Civil Veterinary Dept. Assam report 1911-1927 - 1911-1927
Year: 1911
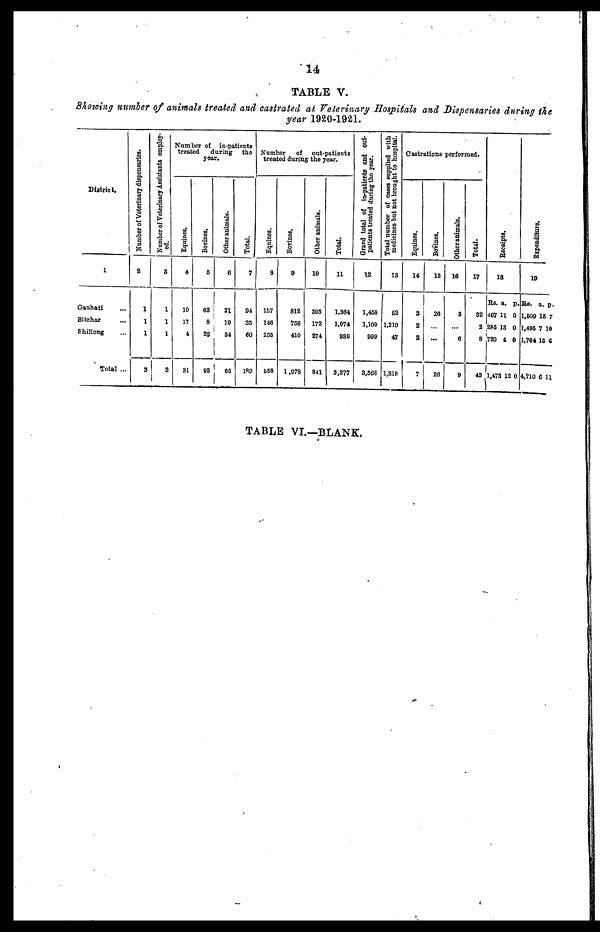
14
TABLE V.
Showing number of animals treated and castrated at. Veterinary Hospitals and Dispensaries during the
year 1920-1921.
District.
1
Gauhati
Silchar
Shillong
Total ...
Number of Veterinary dispensaries.
2
1
1
1
3
Number of Veterinary Assistants employ-
ed.
3
1
1
1
3
Number of in-patients
treated
during the
year.
Equines.
4
|
10
17
4
31
Bonnes.
6
63
8
22
93
Other animals.
6
|
21
10
34
65
Total.
7
94
35
60
180
Number
of out-patients
treated during the year.
Eqnines.
8
157
146
256
668
Borines.
9
812
756
410
1,978
Other animals.
10
395
172
274
841
Total.
11
1,364
1,074
939
3,377
Grand total of in-patients and out-
patients treated during the year.
12
1,458
1,109
999
3,366
Total number of cases supplied with
medicines but not brought to hospital.
13
52
1,219
47
1,318
Castrations performed.
Eqnines.
14
3
2
2
7
Bovines.
15
26
...
26
Other animals.
16
3
...
6
9
Total.
17
32
2
8
42
Receipts.
18
Rs.
467
285
720
1,473
a.
11
13
4
12
p.
0
0
0
0
Expenditure.
19
Rs.
1,509
1,496
1,704
4,710
a.
15
7
16
6
p.
7
10
6
11
TABLE VI.—BLANK.